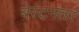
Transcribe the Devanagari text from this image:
बेस्टनंतर